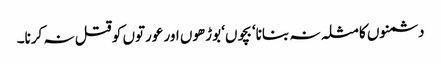
دشمنوں کا مثلہ نہ بنانا‘ بچوں‘ بوڑھوں اور عورتوں کو قتل نہ کرنا۔